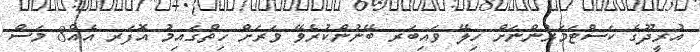
އުރީދޫގެ ކަސްޓަމަރުންނަށް ހިލޭ ވައިބަރ ބޭނުންކުރެވޭ ވަރަށް ހިތްގައިމު އޮފަރ އެއް8 މަސް